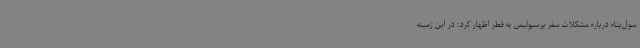
سول‌پناه درباره مشکلات سفر پرسپولیس‌ به قطر اظهار کرد: در این زمینه